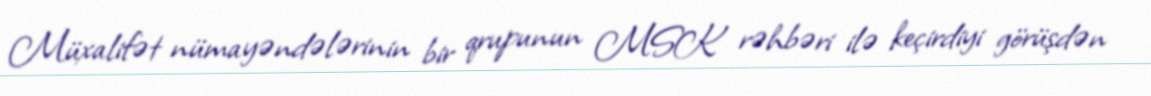
Müxalifət nümayəndələrinin bir qrupunun MSK rəhbəri ilə keçirdiyi görüşdən